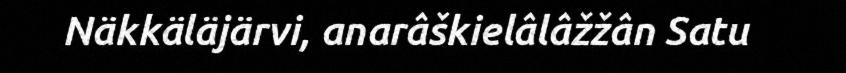
Näkkäläjärvi, anarâškielâlâžžân Satu